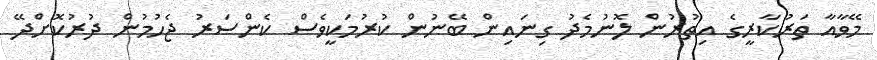
މޭވާއާ ތަރުކާރީގެ އިތުރުން ލޮނުމެދު ގިނައިން ބޭނުން ކުރުމަކީވެސް ކެންސަރު ޖެހުމުން ދުރުކޮށްދޭ